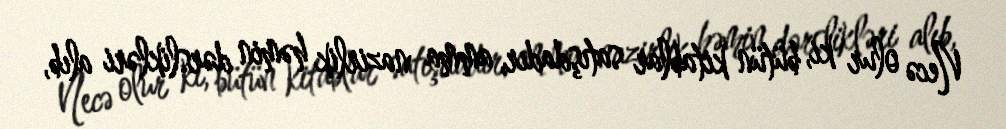
Necə olur ki, bütün kitablar satışdadır, amma nazirlik həmin dərslikləri alıb,